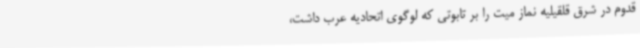
قدوم در شرق قلقیلیه نماز میت را بر تابوتی که لوگوی اتحادیه عرب داشت،